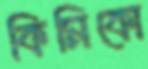
কিমিকো